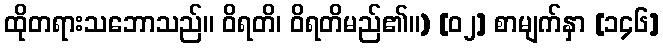
ထိုတရားသဘောသည်။ ဝိရတိ၊ ဝိရတိမည်၏။) [၀၂] စာမျက်နှာ [၁၄၆]